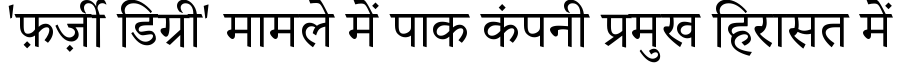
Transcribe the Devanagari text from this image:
'फ़र्ज़ी डिग्री' मामले में पाक कंपनी प्रमुख हिरासत में